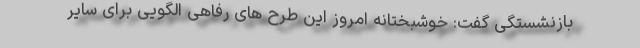
بازنشستگی گفت: خوشبختانه امروز این طرح های رفاهی الگویی برای سایر